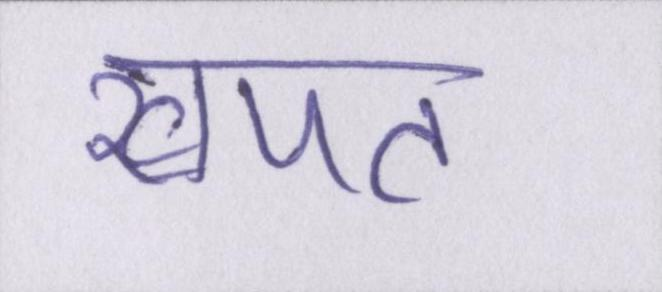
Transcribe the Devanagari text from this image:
खपत